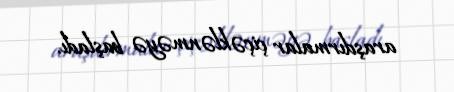
araşdırmalar çiçəklənməyə başladı.